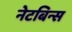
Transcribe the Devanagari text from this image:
नेटबिन्स